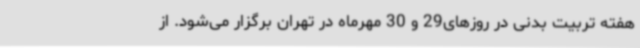
هفته تربیت بدنی در روزهای29 و 30 مهرماه در تهران برگزار می‌شود. از